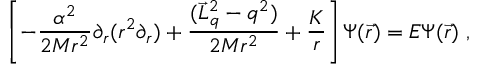
\left[ - \frac { \alpha ^ { 2 } } { 2 M r ^ { 2 } } \partial _ { r } ( r ^ { 2 } \partial _ { r } ) + \frac { ( \vec { L } _ { q } ^ { 2 } - q ^ { 2 } ) } { 2 M r ^ { 2 } } + \frac K r \right] \Psi ( \vec { r } ) = E \Psi ( \vec { r } ) \ ,